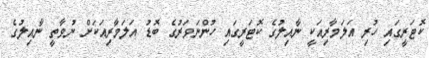
ކޮޓަރީގައި ހުރި އަލަމާރިއަކީ ނާއިލުގެ ކޮޓަރީގައި ހުންނަވަރުގެ ބޮޑު އަލަމާރިއަކަށް ނުވާތީ ނާއިލުގެ